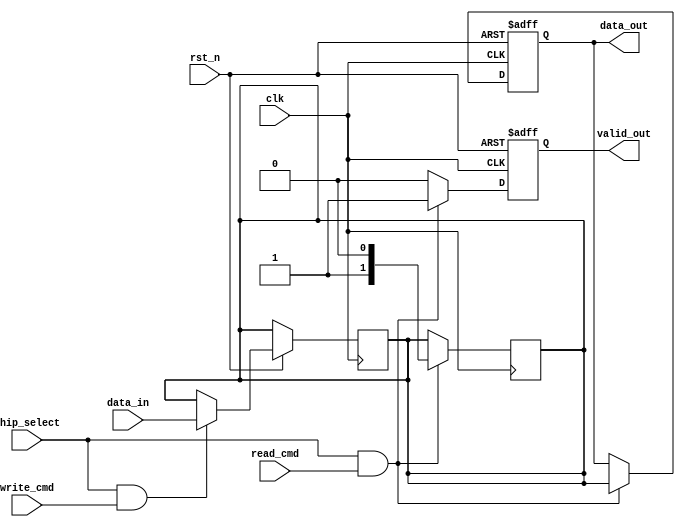
module FeRAM_IO_Block (
    input wire clk,                  // System clock
    input wire rst_n,                // Active low reset
    input wire read_cmd,             // Read command signal
    input wire write_cmd,            // Write command signal
    input wire chip_select,           // Chip select signal
    input wire [7:0] data_in,        // Data input
    output reg [7:0] data_out,       // Data output
    output reg valid_out              // Data valid signal
);

    // Internal signals
    reg [7:0] data_latch;            // Data latch for read/write
    wire [7:0] read_sense;           // Read sensing output
    reg write_enable;                 // Write enable signal

    // Input Buffer with Schmitt Trigger and Level Shifter
    wire [7:0] input_buffer;
    assign input_buffer = data_in;    // Assume level shifting done externally

    // Output Buffer
    always @(posedge clk or negedge rst_n) begin
        if (!rst_n) begin
            data_out <= 8'b0;
            valid_out <= 1'b0;
        end else if (chip_select && read_cmd) begin
            data_out <= data_latch;     // Drive data onto the bus
            valid_out <= 1'b1;          // Signal valid output
        end else begin
            valid_out <= 1'b0;          // Clear valid output
        end
    end

    // Control Signal Interface
    always @(posedge clk or negedge rst_n) begin
        if (!rst_n) begin
            write_enable <= 1'b0;
        end else if (chip_select && write_cmd) begin
            write_enable <= 1'b1;       // Enable write operation
            data_latch <= input_buffer; // Capture data from input buffer
        end else begin
            write_enable <= 1'b0;       // Disable write operation
        end
    end

    // Write Driver (Triggered by write_enable)
    always @(posedge clk) begin
        if (write_enable) begin
            // Implement write logic to memory cells here
            // For example: memory_cell[data_latch] <= data_latch;
        end
    end

    // Read Sensing Circuit
    always @(posedge clk) begin
        if (chip_select && read_cmd) begin
            // Implement read sensing logic here
            // For example: data_latch <= memory_cell[address];
            data_latch <= read_sense; // Simulated read sensing output
        end
    end

    // Error Detection and Correction (EDAC) could be implemented here

    // Power Management could be handled here based on states

endmodule